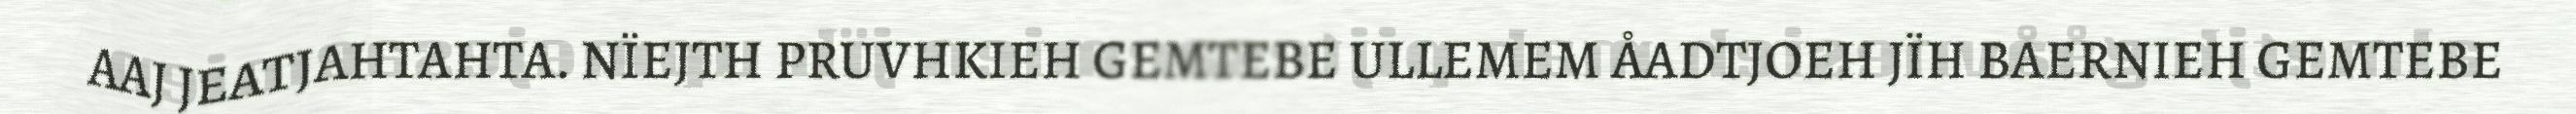
AAJ JEATJAHTAHTA. NÏEJTH PRUVHKIEH GEMTEBE ULLEMEM ÅADTJOEH JÏH BAERNIEH GEMTEBE